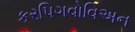
કરપિગવોવિઅન